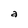
Character: a